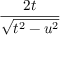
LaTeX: \frac { 2 t } { \sqrt { t ^ { 2 } - u ^ { 2 } } }